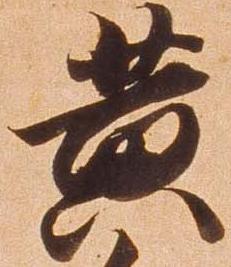
黄